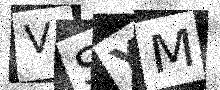
Text: VSYM